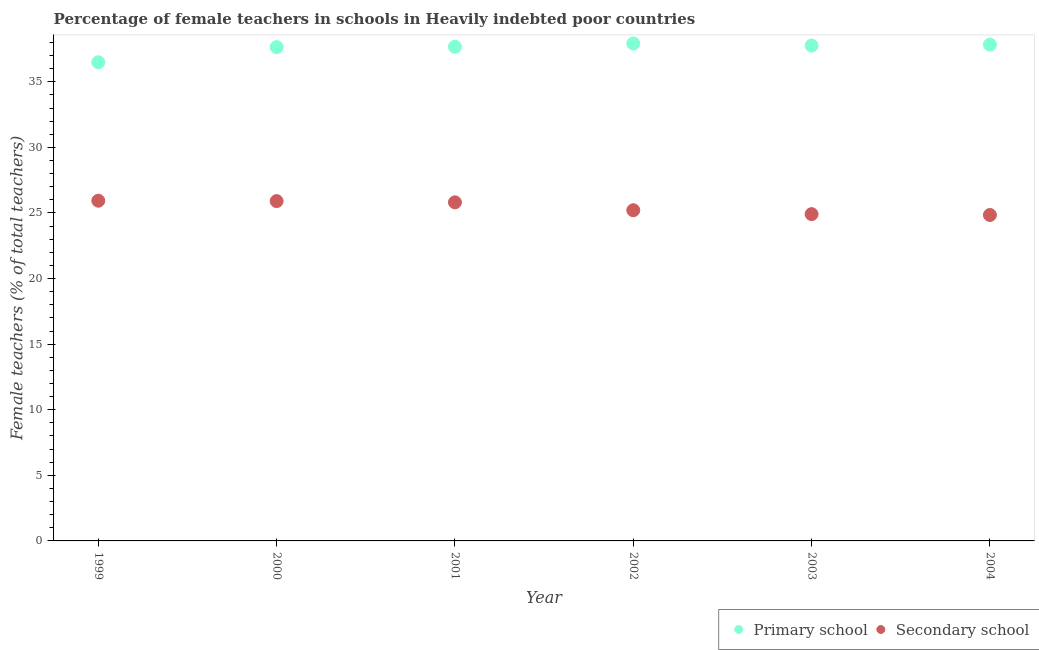
| Year | Primary school | Secondary school |
 | --- | --- | --- |
 | 1999 | 36.5 | 25.9 |
 | 2000 | 37.6 | 25.9 |
 | 2001 | 37.7 | 25.8 |
 | 2002 | 37.9 | 25.2 |
 | 2003 | 37.8 | 24.9 |
 | 2004 | 37.8 | 24.8 |